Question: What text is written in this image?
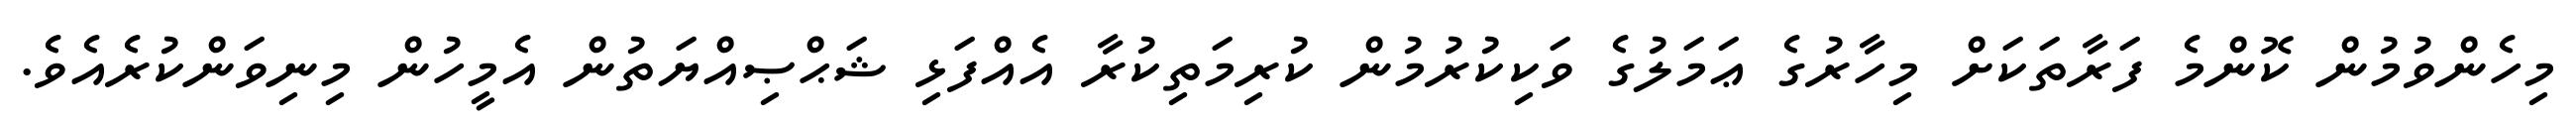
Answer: މިހެންވުމުން ކޮންމެ ފަރާތަކަށް މިހާރުގެ ޢަމަލުގެ ވަކިކުރުމުން ކުރިމަތިކުރާ އެއްފަޅި ޝަޙްޞިއްޔަތުން އެމީހުން މިނިވަންކުރެއެވެ.